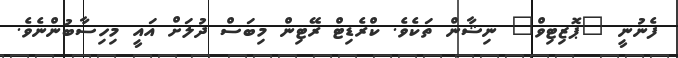
ފެނުނީ "ޕޮޒިޓިވް" ނިޝާން ތަކެވެ. ކްރެޑިޓް ރޭޓިން މިބަސް ދުލަށް އައީ މިހިސާބުންނެވެ.